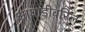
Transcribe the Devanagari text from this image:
आघाडीवरिल